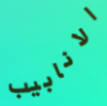
الانابيب